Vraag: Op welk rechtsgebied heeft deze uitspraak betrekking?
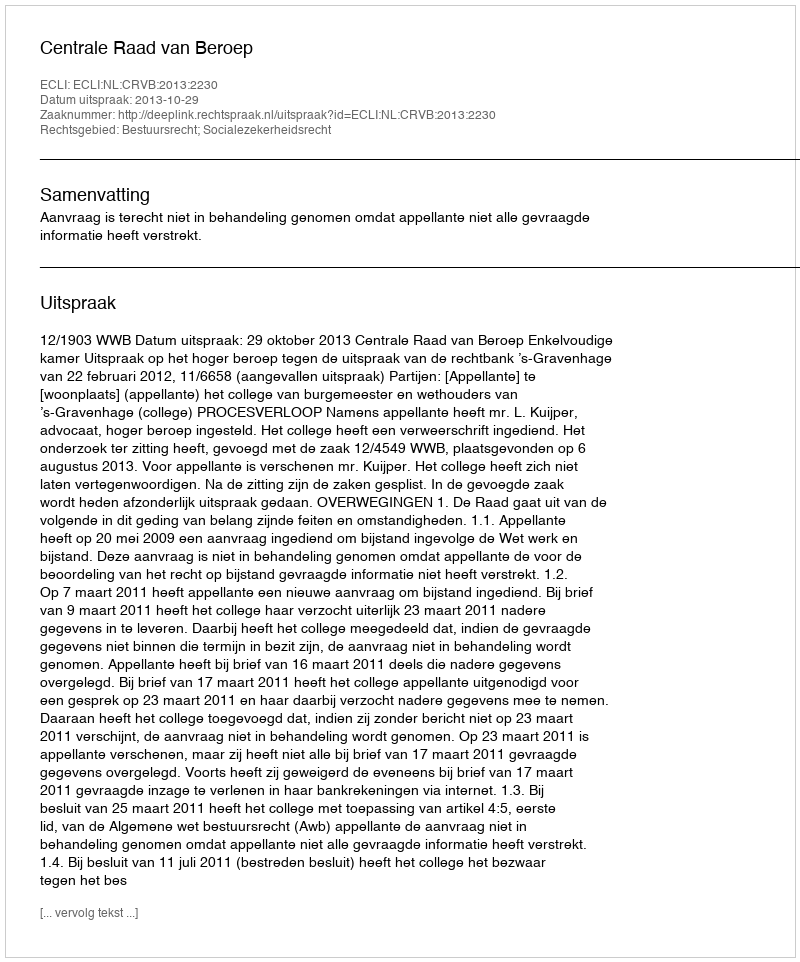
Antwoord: Bestuursrecht; Socialezekerheidsrecht